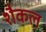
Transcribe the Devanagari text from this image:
शैकल